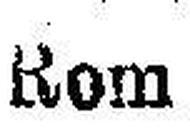
Rom